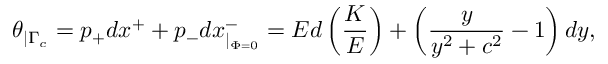
\theta _ { \mid \Gamma _ { c } } = p _ { + } d x ^ { + } + p _ { - } d x _ { \mid _ { \Phi = 0 } } ^ { - } = E d \left( \frac { K } { E } \right) + \left( \frac { y } { y ^ { 2 } + c ^ { 2 } } - 1 \right) d y ,